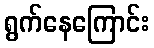
ရွက်နေကြောင်း